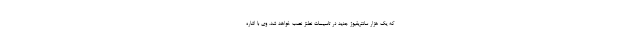
که یک هزار سانتریفیوژ جدید در تاسیسات نطنز نصب خواهد شد. وی با اشاره